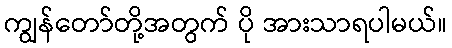
ကျွန်တော်တို့အတွက် ပို အားသာရပါမယ်။